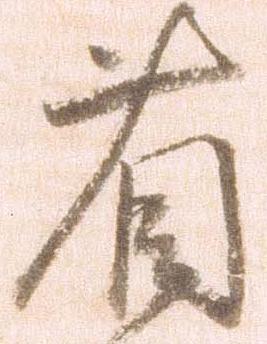
省